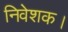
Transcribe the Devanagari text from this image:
निवेशक।